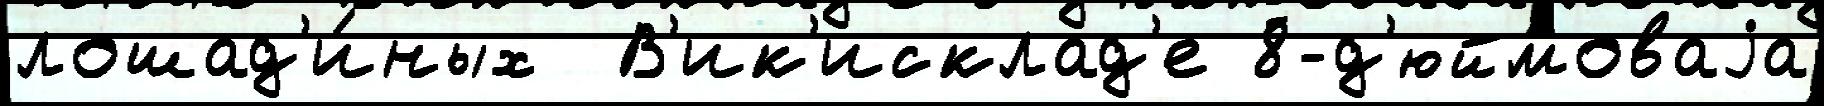
лошад'и́ных  В'ик'исклад'е 8-д'юймоваjа